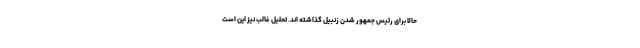
حالا برای رئیس جمهور شدن زنبیل گذاشته اند. تحلیل غالب نیز این است